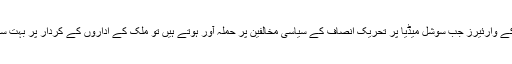
ففتھ جنریشن وارفئیر کے وارئیرز جب سوشل میڈیا پر تحریک انصاف کے سیاسی مخالفین پر حملہ آور ہوتے ہیں تو ملک کے اداروں کے کردار پر بہت سے سوالات اٹھتے ہیں۔